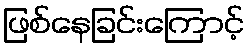
ဖြစ်နေခြင်းကြောင့်